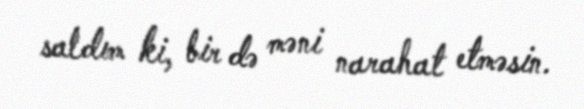
saldım ki, bir də məni narahat etməsin.